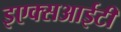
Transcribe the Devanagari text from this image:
इएक्सआईटी